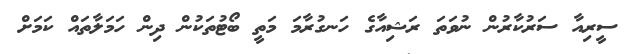
ސީރިއާ ސަރުކާރުން ނުވަތަ ރަޝިއާގެ ހަނގުރާމަ މަތީ ބޯޓުތަކުން ދިން ހަމަލާތައް ކަމަށް